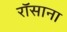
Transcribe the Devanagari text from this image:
रॉसाना